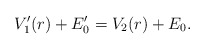
\begin{align*} V'_1(r) + E'_0 = V_2(r) + E_0. \end{align*}